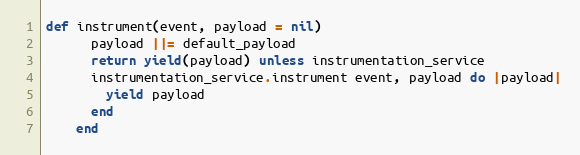
Language: Ruby
def instrument(event, payload = nil)
      payload ||= default_payload
      return yield(payload) unless instrumentation_service
      instrumentation_service.instrument event, payload do |payload|
        yield payload
      end
    end